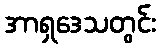
အာရှဒေသတွင်း